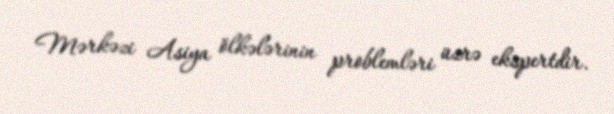
Mərkəzi Asiya ölkələrinin problemləri üzrə ekspertdir.